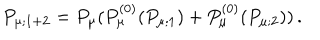
P _ { \mu ; 1 + 2 } = P _ { \mu } ( P _ { \mu } ^ { ( 0 ) } ( P _ { \mu ; 1 } ) + P _ { \mu } ^ { ( 0 ) } ( P _ { \mu ; 2 } ) ) \, .